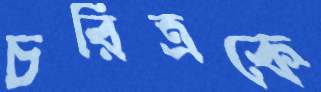
চরিত্রকে